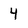
Character: 4